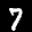
Label: 7